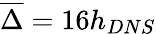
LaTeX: \overline{{\Delta}}=16h_{DNS}